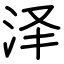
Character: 泽